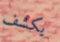
يكشف